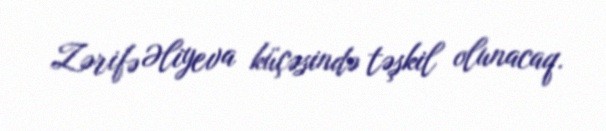
Zərifə Əliyeva küçəsində təşkil olunacaq.